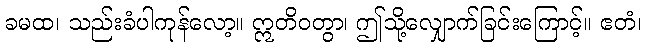
ခမထ၊ သည်းခံပါကုန်လော့။ ဣတိဝတွာ၊ ဤသို့လျှောက်ခြင်းကြောင့်။ ဧတံ၊